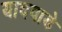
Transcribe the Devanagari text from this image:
यादवाडे